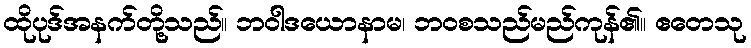
ထိုပုဒ်အနက်တို့သည်။ ဘဝါဒယောနာမ၊ ဘဝစသည်မည်ကုန်၏။ ဧတေသု